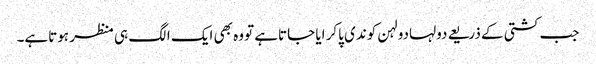
جب کشتی کے ذریعے دولہادولہن کوندی پاکر ایا جاتاہے تووہ بھی ایک الگ ہی منظر ہوتاہے۔